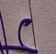
Signature authenticity: genuine